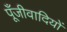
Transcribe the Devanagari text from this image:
पूँजीवादियों